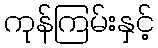
ကုန်ကြမ်းနှင့်